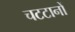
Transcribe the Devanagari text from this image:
चटटानों